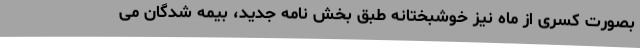
بصورت کسری از ماه نیز خوشبختانه طبق بخش نامه جدید، بیمه شدگان می